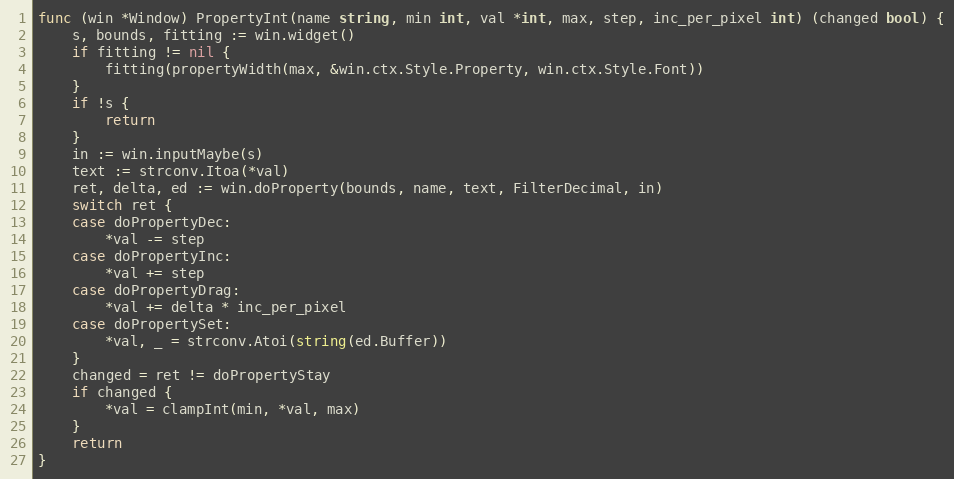
Language: Go
func (win *Window) PropertyInt(name string, min int, val *int, max, step, inc_per_pixel int) (changed bool) {
	s, bounds, fitting := win.widget()
	if fitting != nil {
		fitting(propertyWidth(max, &win.ctx.Style.Property, win.ctx.Style.Font))
	}
	if !s {
		return
	}
	in := win.inputMaybe(s)
	text := strconv.Itoa(*val)
	ret, delta, ed := win.doProperty(bounds, name, text, FilterDecimal, in)
	switch ret {
	case doPropertyDec:
		*val -= step
	case doPropertyInc:
		*val += step
	case doPropertyDrag:
		*val += delta * inc_per_pixel
	case doPropertySet:
		*val, _ = strconv.Atoi(string(ed.Buffer))
	}
	changed = ret != doPropertyStay
	if changed {
		*val = clampInt(min, *val, max)
	}
	return
}